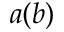
a ( b )